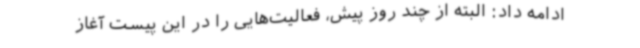
ادامه داد: البته از چند روز پیش، فعالیت‌هایی را در این پیست آغاز